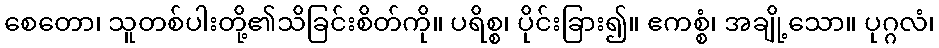
စေတော၊ သူတစ်ပါးတို့၏သိခြင်းစိတ်ကို။ ပရိစ္စ၊ ပိုင်းခြား၍။ ဧကစ္စံ၊ အချို့သော။ ပုဂ္ဂလံ၊